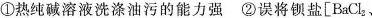
①热纯碱溶液洗涤油污的能力强 ②误将钡盐[BaCl_{2}、